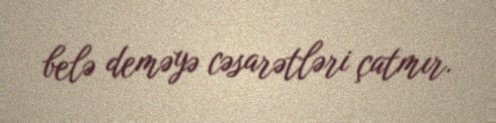
belə deməyə cəsarətləri çatmır.